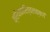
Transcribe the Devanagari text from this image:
क्रियाकारित्वलक्षणं